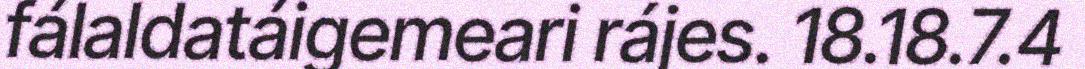
fálaldatáigemeari rájes. 18.18.7.4